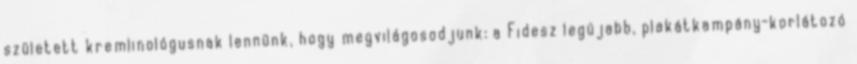
született kremlinológusnak lennünk, hogy megvilágosodjunk: a Fidesz legújabb, plakátkampány-korlátozó